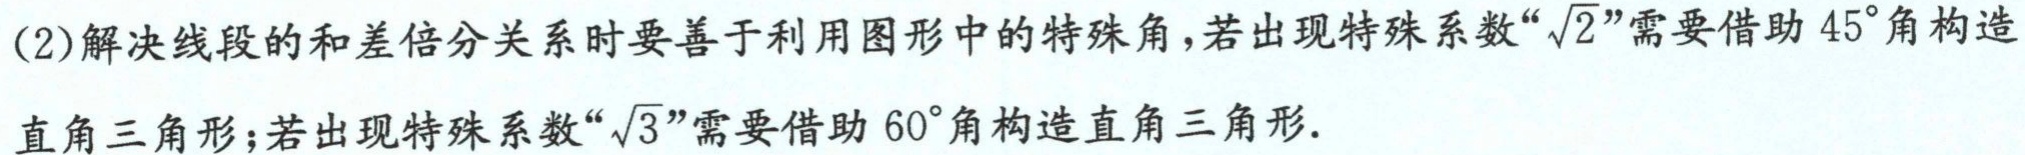
(2)解决线段的和差倍分关系时要善于利用图形中的特殊角，若出现特殊系数“\(\sqrt{2}\)”需要借助\(45^{\circ}\)角构造直角三角形；若出现特殊系数“\(\sqrt{3}\)”需要借助\(60^{\circ}\)角构造直角三角形.